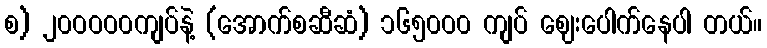
စ) ၂၀ဝဝဝ၀ကျပ်နဲ့ (အောက်စဆီဆံ) ၁၆၅၀ဝ၀ ကျပ် ဈေးပေါက်နေပါ တယ်။